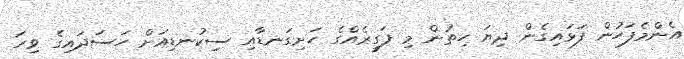
އެންމެފަހުން ފަޅައިގެން ދިޔަ ހިތުން މި ފަގީރެއްގެ ހަށިގަނޑާއި ސިކުނޑިއަށް ހަސަދައިގެ ވިހަ